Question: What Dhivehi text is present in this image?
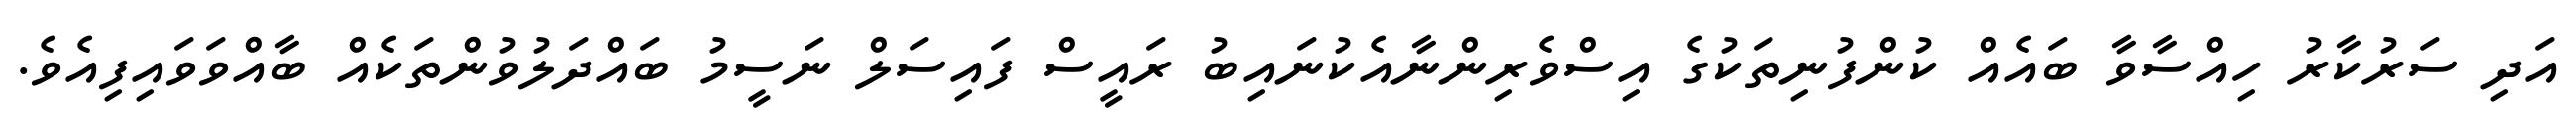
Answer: އަދި ސަރުކާރު ހިއްސާވާ ބައެއް ކުންފުނިތަކުގެ އިސްވެރިންނާއެކުނައިބު ރައީސް ފައިސަލް ނަސީމު ބައްދަލުވުންތަކެއް ބާއްވަވައިފިއެވެ.